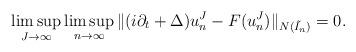
LaTeX: \begin{align*}\limsup_{J\to\infty}\limsup_{n\to\infty} \|(i\partial_t+\Delta)u_n^J - F(u_n^J) \|_{N(\tilde I_n)} = 0. \end{align*}